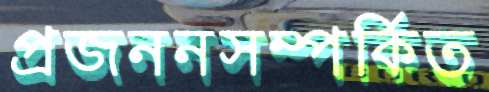
প্রজননসম্পর্কিত